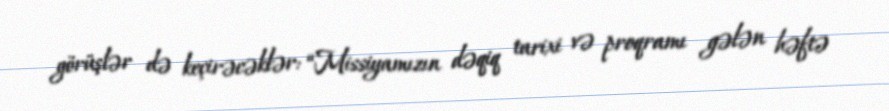
görüşlər də keçirəcəklər: “Missiyamızın dəqiq tarixi və proqramı gələn həftə